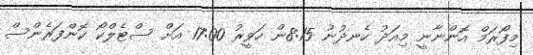
މިފޯރަމް އޮންނާނީ މިއަދު ހެނދުނު 8:15ން ހަވީރު 17:00 އަށް ސްޓެލްކޯ ކޮންފަރެންސް